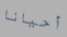
أحيانا